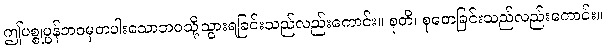
ဤပစ္စုပ္ပန်ဘဝမှတပါးသောဘဝသို့သွားရခြင်းသည်လည်းကောင်း။ စုတိ၊ စုတေခြင်းသည်လည်းကောင်း။